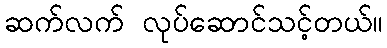
ဆက်လက် လုပ်ဆောင်သင့်တယ်။